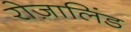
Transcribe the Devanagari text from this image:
रोज़ालिंड